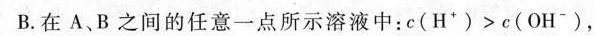
B.在A、B之间的任意一点所示溶液中：$$c ( H ^ { + } ) > c ( O H ^ { - } )$$，